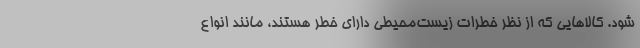
شود. کالاهایی که از نظر خطرات زیست‌محیطی دارای خطر هستند، مانند انواع